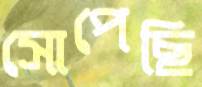
সোপেছি